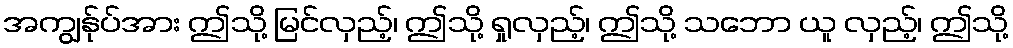
အကျွန်ုပ်အား ဤသို့ မြင်လှည့်၊ ဤသို့ ရှုလှည့်၊ ဤသို့ သဘော ယူ လှည့်၊ ဤသို့